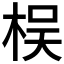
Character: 𣑀